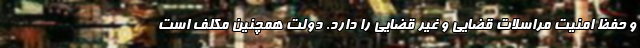
و حفظ امنیت مراسلات قضایی و غیر قضایی را دارد. دولت همچنین مکلف است